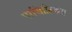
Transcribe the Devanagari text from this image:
पासिफ़िकस